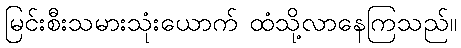
မြင်းစီးသမားသုံးယောက် ထံသို့လာနေကြသည်။